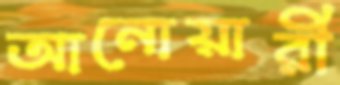
আনোয়ারী